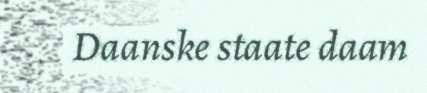
Daanske staate daam